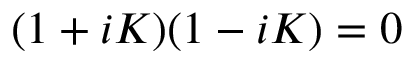
( 1 + i K ) ( 1 - i K ) = 0